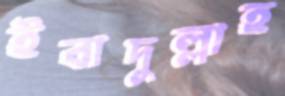
ইবাদুল্লাহ